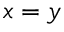
x = y